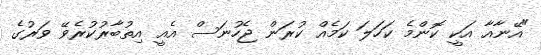
"އޭނާއާ އަކީ ކޮންމެ ކަހަލަ ކަމެއް ކުރަން ޖެހުނަސް އެއީ އިތުބާރުކުރެވޭ ވަރުގެ